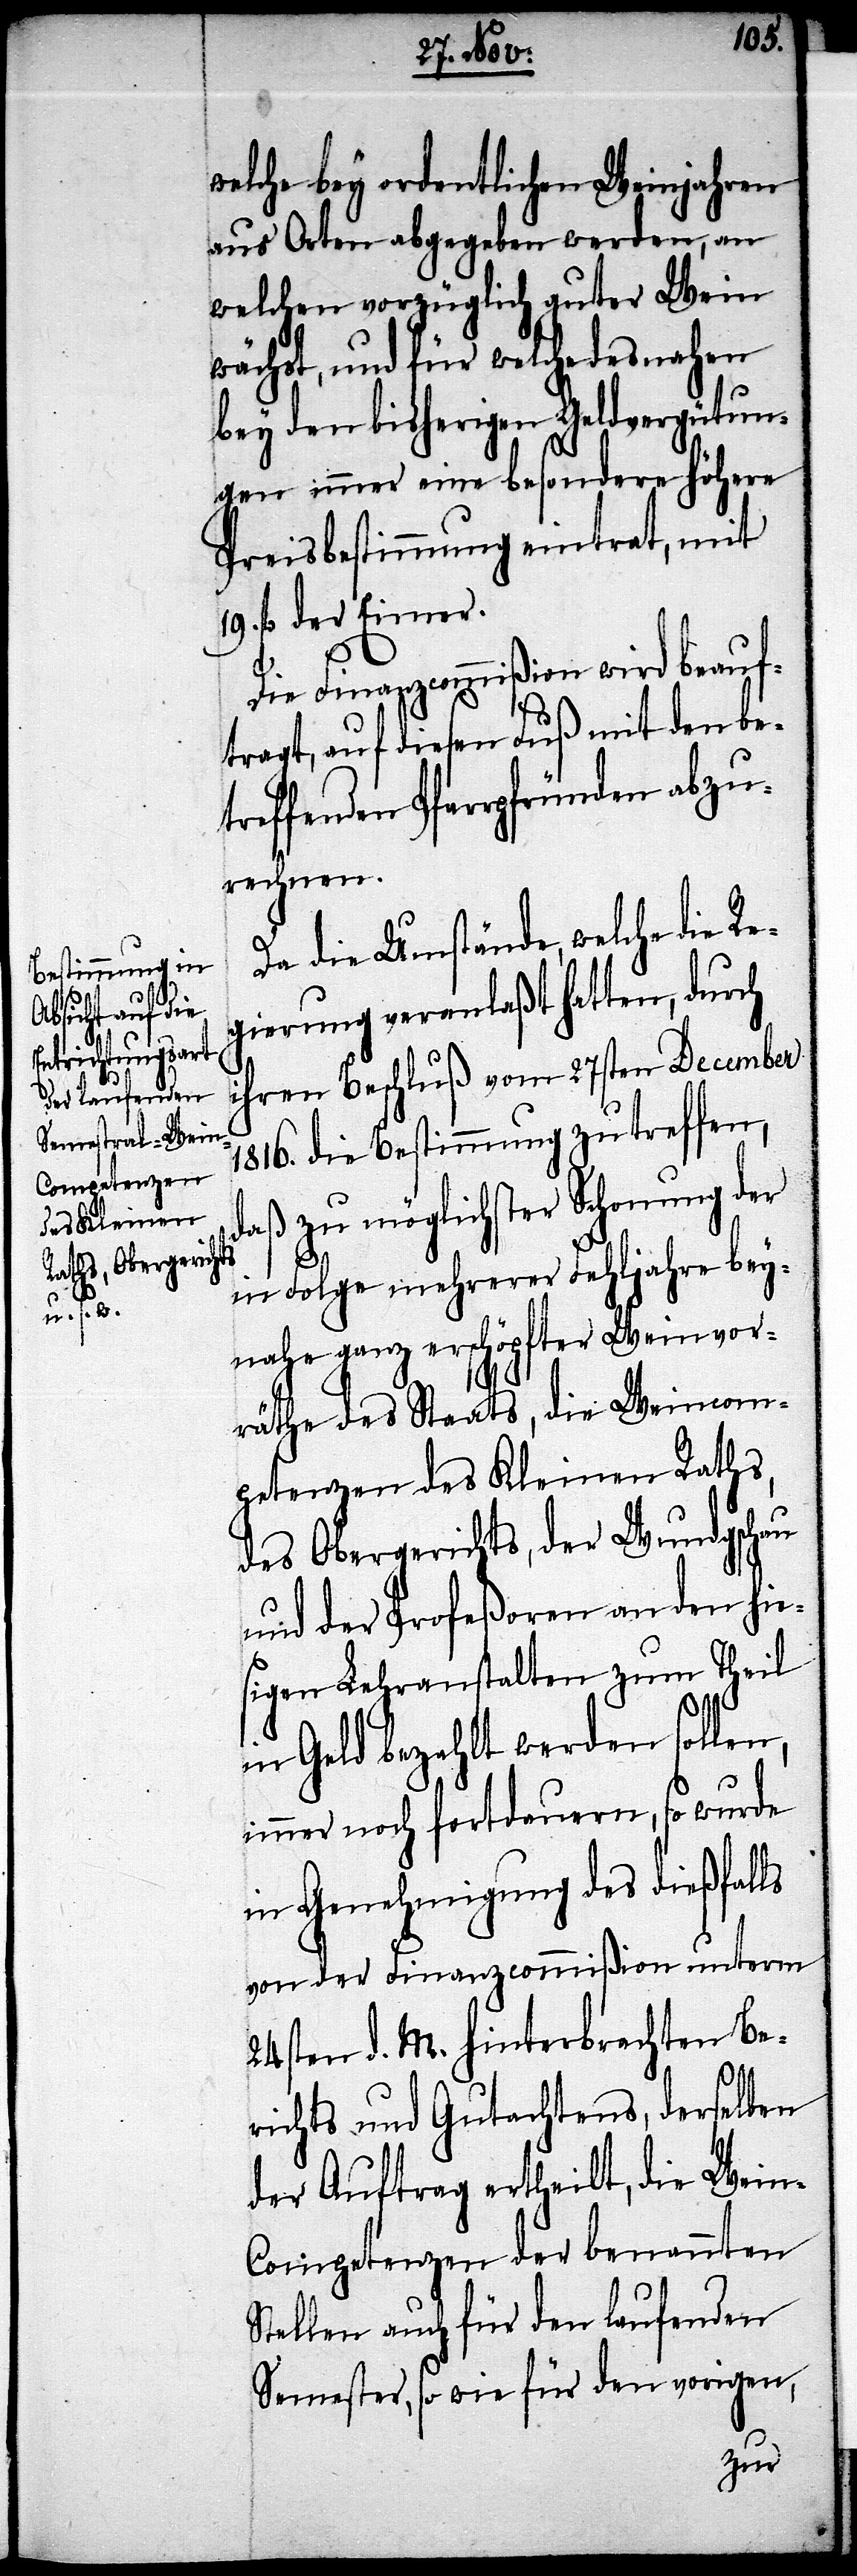
abzu¬
welche bey ordentlichen Weinjahren
aus Orten abgegeben werden ,an
welchen vorzüglich guter Wein
wächst, und für welche desnahen
bey den bisherigen Geldvergütun¬
gen immer eine besondere höhere
Preisbestimmung eintrat, mit
fl. der Eimer.
Die Finanzcommißion wird beauf¬
tragt, auf diesen Fuß mit den bet¬
rechnen.
Da die Umstände, welche die Re¬
gierung veranlaßt hatten, durch
ihren Beschluß vom 27sten December
1816. die Bestimmung zu treffen,
daß zu möglichster Schonung der
in Folge mehrerer Fehljahre bey¬
nahe ganz erschöpfter Weinvor¬
räthe des Staats, die Weincom¬
petenzen des Kleinen Raths,
des Obergerichts, der Wundgschau
und der Profeßoren an den hie¬
sigen Lehranstalten zum Theil
in Geld bezahlt werden sollen,
immer noch fortdauern, so wurde
in Genehmigung des dießfalls
von der Finanzcommißion unterm
24sten d. M. hinterbrachten Be¬
richts und Gutachtens, derselben
der Auftrag ertheilt, die Wein-C¬
ompetenzen der benannten
Stellen auch für den laufenden
Semester, so wie für den vorigen,